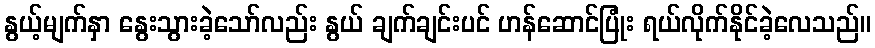
နွယ့်မျက်နှာ နွေးသွားခဲ့သော်လည်း နွယ် ချက်ချင်းပင် ဟန်ဆောင်ပြုံး ရယ်လိုက်နိုင်ခဲ့လေသည်။